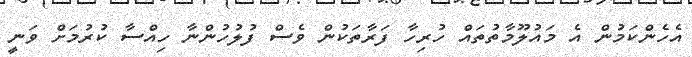
އެހެންކަމުން އެ މައުލޫމާތުތައް ހުރިހާ ފަރާތަކުން ވެސް ފުލުހުންނާ ހިއްސާ ކުރުމަށް ވަނީ